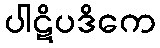
ပါဋိပဒိကေ